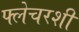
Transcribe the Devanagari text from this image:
फ्लेचरशी